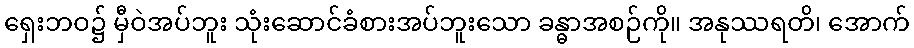
ရှေးဘဝ၌ မှီဝဲအပ်ဘူး သုံးဆောင်ခံစားအပ်ဘူးသော ခန္ဓာအစဉ်ကို။ အနုဿရတိ၊ အောက်